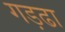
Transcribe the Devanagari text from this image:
गड़ढा